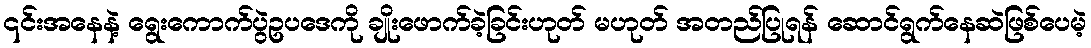
၎င်းအနေနဲ့ ရွေးကောက်ပွဲဥပဒေကို ချိုးဖောက်ခဲ့ခြင်းဟုတ် မဟုတ် အတည်ပြုရန် ဆောင်ရွက်နေဆဲဖြစ်ပေမဲ့